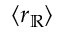
\langle r _ { \mathbb { R } } \rangle